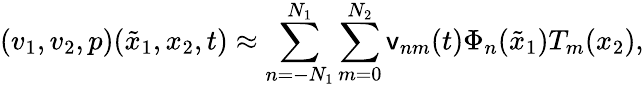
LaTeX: (v_{1},v_{2},p)(\tilde{x}_{1},x_{2},t)\approx\sum_{n=-N_{1}}^{N_{1}}\sum_{m=0}^{N_{2}}\mathsf{v}_{nm}(t)\Phi_{n}(\tilde{x}_{1})T_{m}(x_{2}),